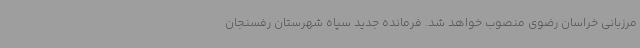
مرزبانی خراسان رضوی منصوب خواهد شد. فرمانده جدید سپاه شهرستان رفسنجان